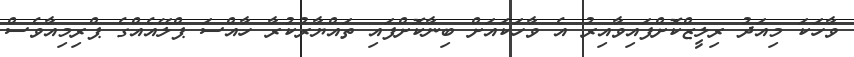
ވާހަކަ މިއަދު ރިލީޒްކޮށްފައިވާއިރު އެ ވާހަކައަށް ބިނާކޮށްފައި ތައްޔާރުކުރާ ހާއްސަ ޕްލޭއެއްގެ ޕްރިމިއާވެސް